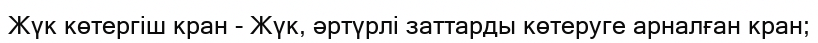
Жүк көтергіш кран - Жүк, әртүрлі заттарды көтеруге арналған кран;